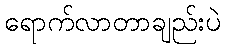
ရောက်လာတာချည်းပဲ